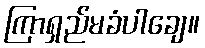
ကြာရှည်မခံပါချေ။